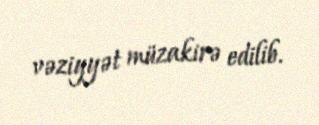
vəziyyət müzakirə edilib.